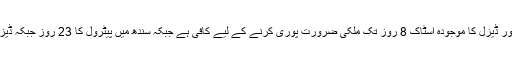
حکام کا یہ بھی کہنا تھا کہ پیٹرول اور ڈیزل کا موجودہ اسٹاک 8 روز تک ملکی ضرورت پوری کرنے کے لیے کافی ہے جبکہ سندھ میں پیٹرول کا 23 روز جبکہ ڈیزل کا 13 روز کا اسٹاک موجود ہے۔